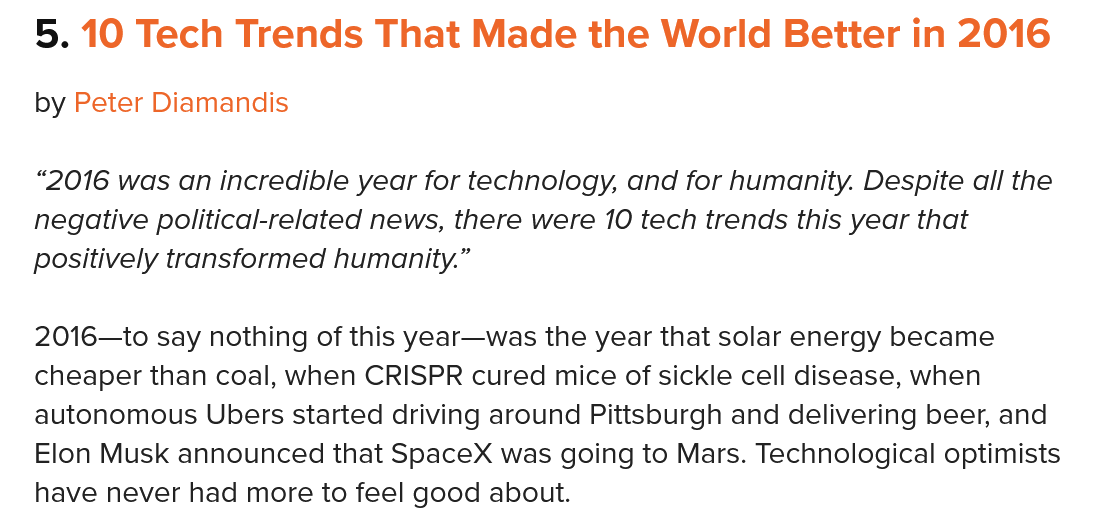
5. 10 Tech   Trends   That  Made    the  World   Better  in 2016
   “2016 was an incredible year for technology, and for humanity. Despite all the
   negative political-related news, there were 10 tech trends this year that
   positively transformed humanity.”
   2016—to say nothing of this year—was the year that solar energy became
   cheaper than coal, when CRISPR cured mice of sickle cell disease, when
   autonomous Ubers started driving around Pittsburgh and delivering beer, and
   Elon Musk announced that SpaceX was going to Mars. Technological optimists
   have never had more to feel good about.
   by Peter Diamandis